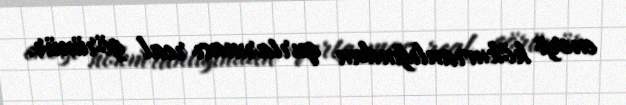
enerji hökmranlığından qurtarması real görünür.